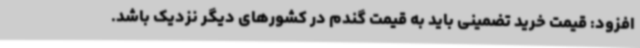
افزود: قیمت خرید تضمینی باید به قیمت گندم در کشورهای دیگر نزدیک باشد.